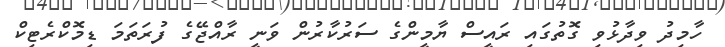
ހާމިދު ވިދާޅުވި ގޮތުގައި ރައީސް ޔާމީންގެ ސަރުކާރުން ވަނީ ރާއްޖޭގެ ފުރަތަމަ ޑިމޮކްރެޓިކް